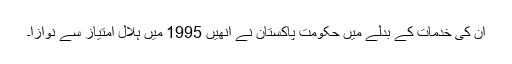
ان کی خدمات کے بدلے میں حکومت پاکستان نے انھیں 1995 میں ہلال امتیاز سے نوازا۔